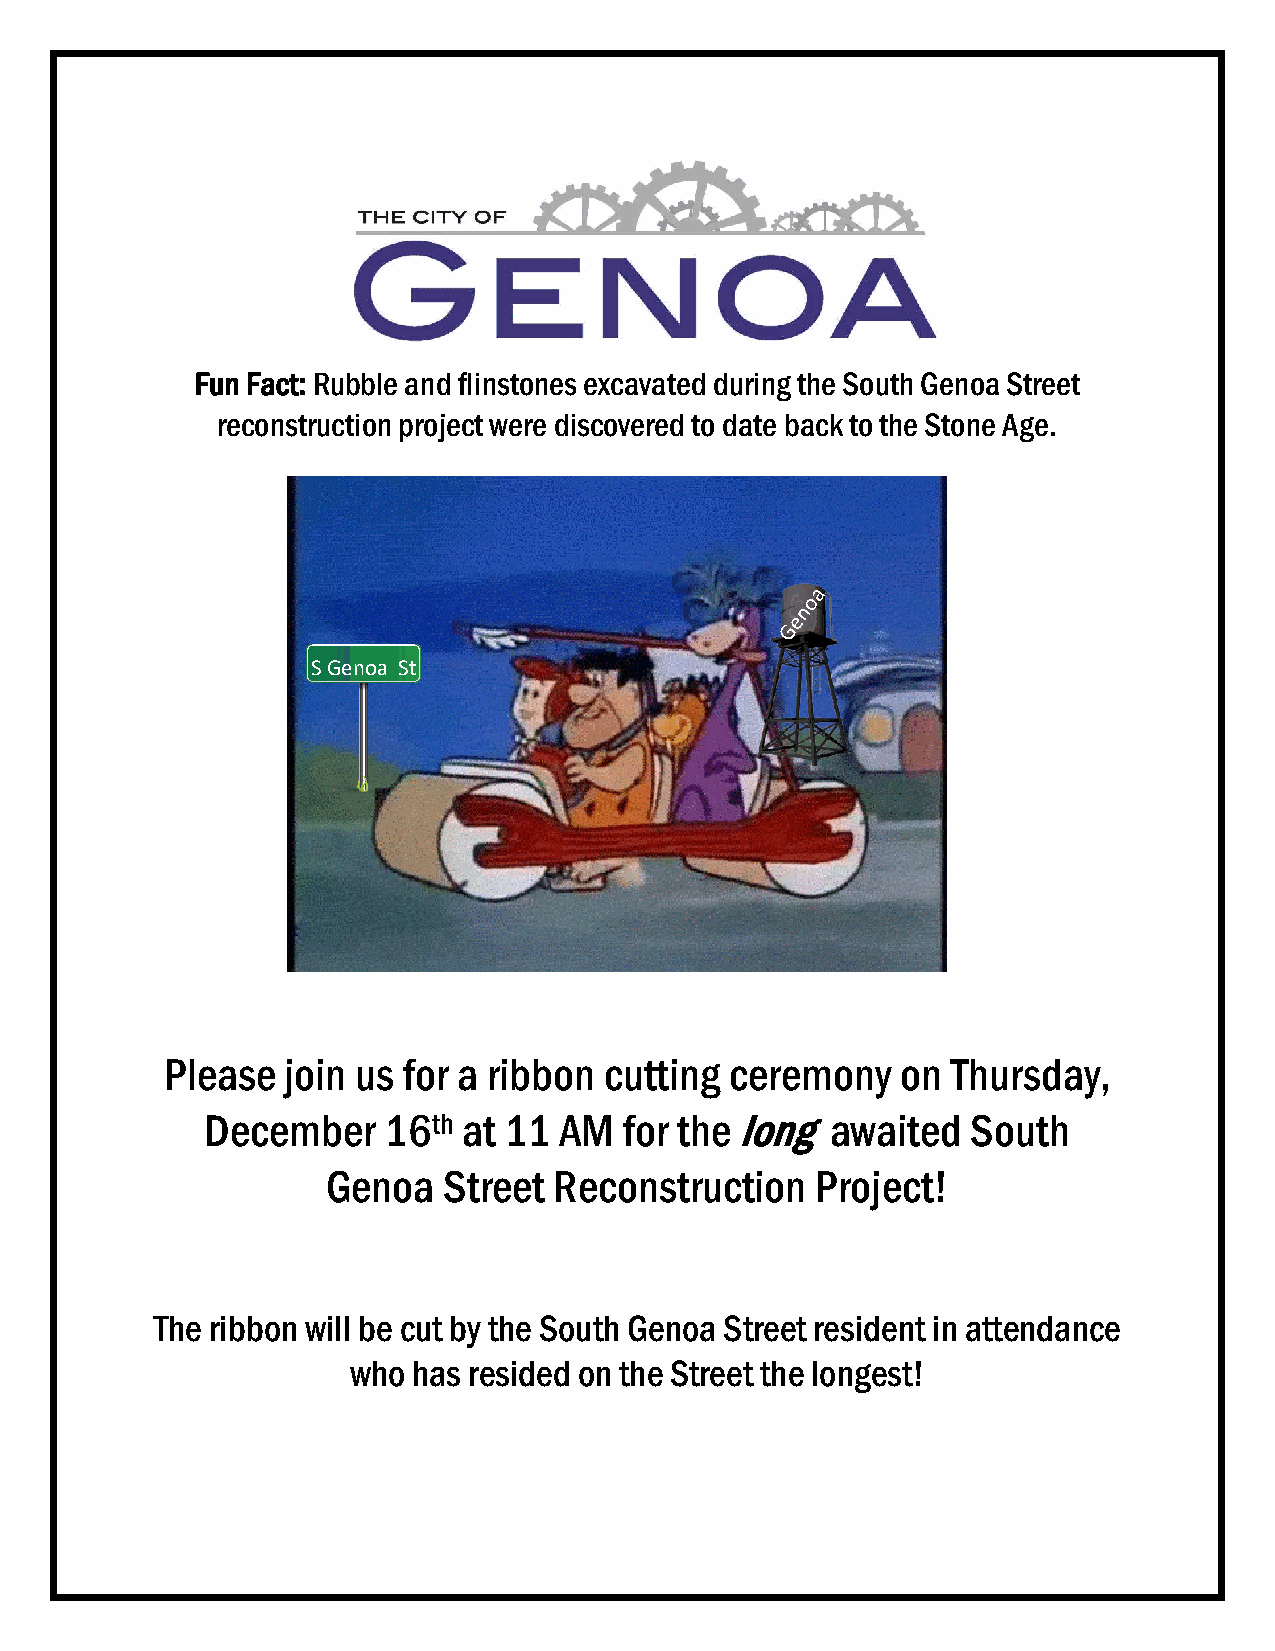
Fun Fact: Rubble and flinstones excavated during the South Genoa Street
 reconstruction project were discovered to date back to the Stone Age.
 S Genoa St
 Please  join us for a ribbon cutting ceremony    on Thursday,
 December   16th  at 11 AM  for the long  awaited  South
 Genoa  Street  Reconstruction   Project!
 The ribbon will be cut by the South Genoa Street resident in attendance
 who has resided on the Street the longest!